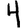
Digit: 4